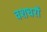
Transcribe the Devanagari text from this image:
वशधरों